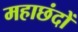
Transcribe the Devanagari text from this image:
महाछंदों